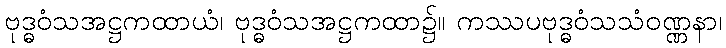
ဗုဒ္ဓဝံသအဋ္ဌကထာယံ၊ ဗုဒ္ဓဝံသအဋ္ဌကထာ၌။ ကဿပဗုဒ္ဓဝံသသံဝဏ္ဏနာ၊